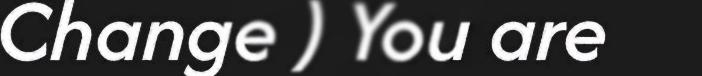
Change ) You are